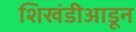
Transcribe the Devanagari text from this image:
शिखंडीआडून